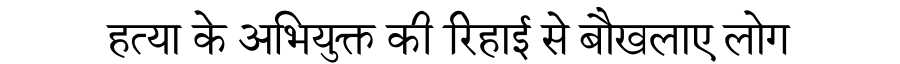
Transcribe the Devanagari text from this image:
हत्या के अभियुक्त की रिहाई से बौखलाए लोग